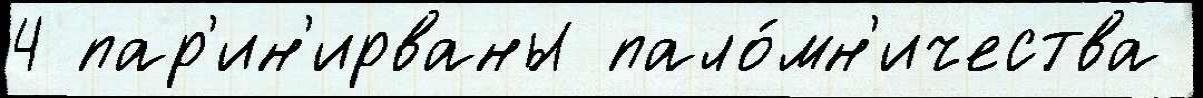
4 пар'ин'ирваны пало́мн'ичества